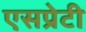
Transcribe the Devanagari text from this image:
एसप्रेटी